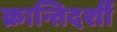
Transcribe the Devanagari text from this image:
क्रान्तिदर्शी